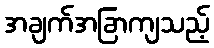
အချက်အခြာကျသည့်